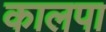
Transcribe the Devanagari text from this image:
कालपा